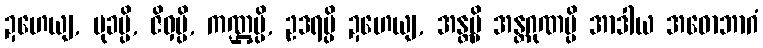
ဍဟေယျ, မုခမ္ပိ, ဇိဝှမ္ပိ, ကဏ္ဌမ္ပိ, ဥဒရမ္ပိ ဍဟေယျ, အန္တမ္ပိ အန္တဂုဏမ္ပိ အာဒါယ အဓောဘာဂံ